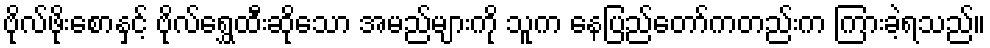
ဗိုလ်ဖိုးစောနှင့် ဗိုလ်ရွှေထီးဆိုသော အမည်များကို သူက နေပြည်တော်ကတည်းက ကြားခဲ့ရသည်။